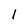
Character: 1